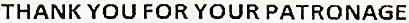
THANK YOU FOR YOUR PATRONAGE